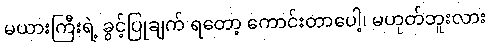
မယားကြီးရဲ့ ခွင့်ပြုချက် ရတော့ ကောင်းတာပေါ့၊ မဟုတ်ဘူးလား